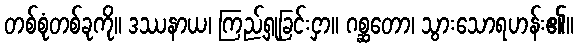
တစ်စုံတစ်ခုကို။ ဒဿနာယ၊ ကြည့်ရှုခြင်းငှာ။ ဂစ္ဆတော၊ သွားသောရဟန်း၏။